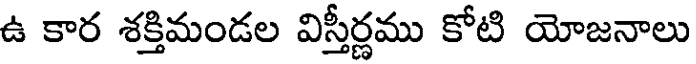
ఉ కార శక్తిమండల విస్తీర్ణము కోటి యోజనాలు